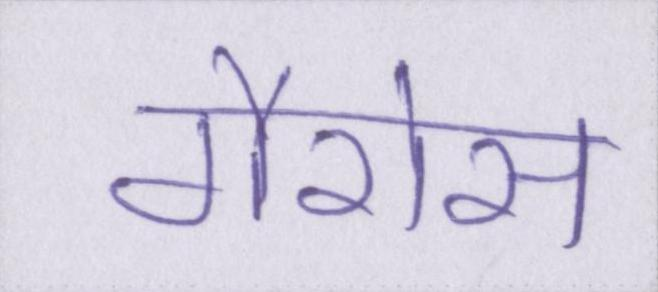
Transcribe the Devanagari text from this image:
गैरोस